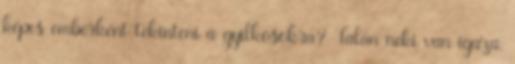
képes emberként tekinteni a gyilkosokra? Talán neki van igaza,